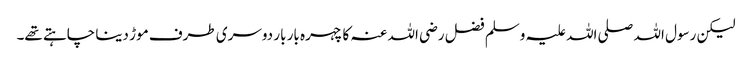
لیکن رسول اللہ صلی اللہ علیہ وسلم فضل رضی اللہ عنہ کا چہرہ بار بار دوسری طرف موڑ دینا چاہتے تھے۔